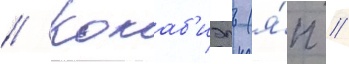
// Кокаб'иэль (я́п //